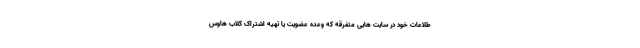
طلاعات خود در سایت هایی متفرقه که وعده عضویت یا تهیه اشتراک کلاب هاوس